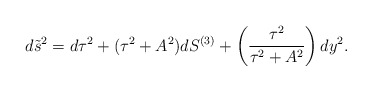
\begin{align*}d\tilde s^2= d\tau^2 + (\tau^2+A^2) dS^{(3)} + \left({\tau^2 \over \tau^2+A^2}\right) dy^2.\end{align*}